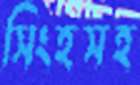
সিংহসহ